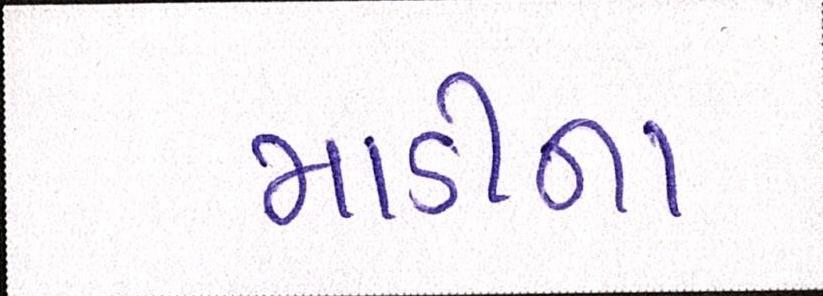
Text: માડીના